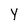
Character: y